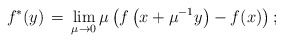
\begin{align*}f^*(y)\,=\,\lim_{\mu\to 0}\mu\left(f\left(x+\mu^{-1} y\right)-f(x)\right);\end{align*}